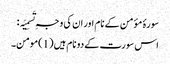
سورۂ مؤمن کے نام اور ان کی وجہِ تَسمِیَہ :
اس سورت کے دو نام ہیں (1)مومن۔